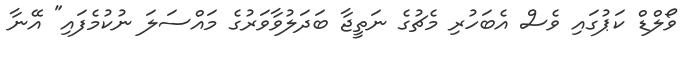
ވޯލްޑް ކަޕުގައި ވެސް އެބަހުރި މެޗުގެ ނަތީޖާ ބަދަލުވާވަރުގެ މައްސަލަ ނުކުމެފައި" އޭނާ